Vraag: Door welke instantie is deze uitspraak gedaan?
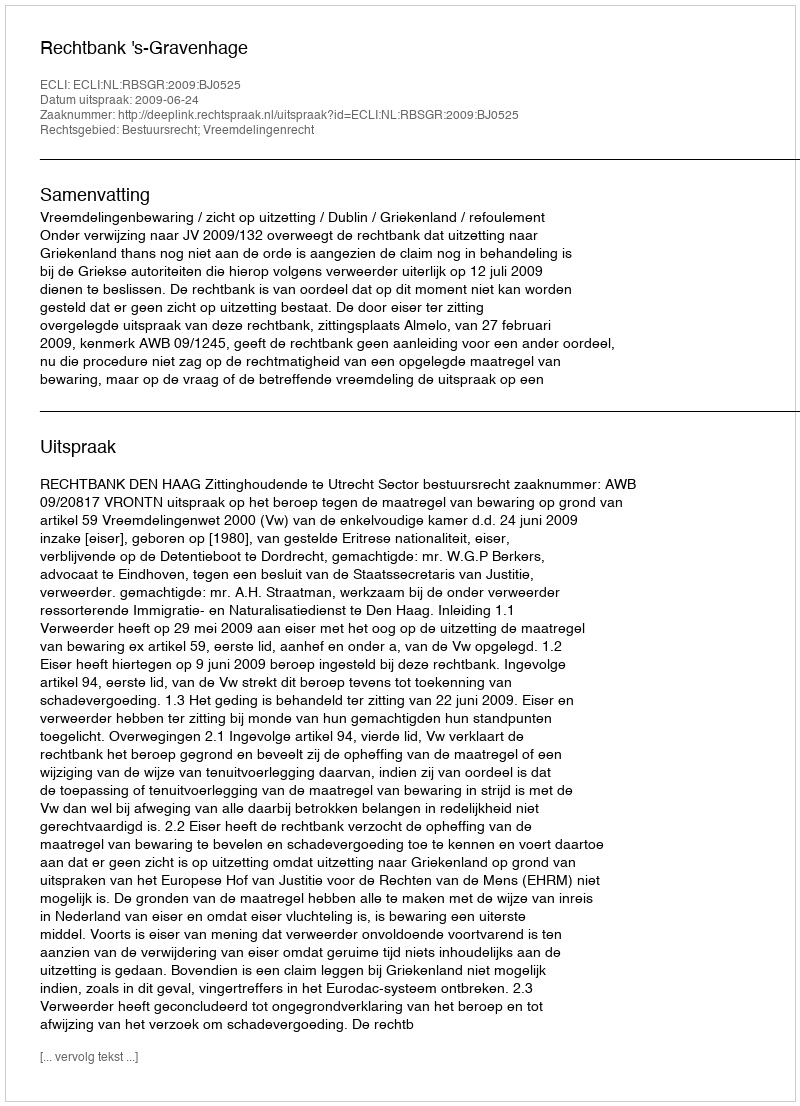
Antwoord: Rechtbank 's-Gravenhage